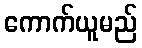
ကောက်ယူမည်